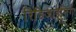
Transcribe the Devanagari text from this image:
रिडिजाइनिंग